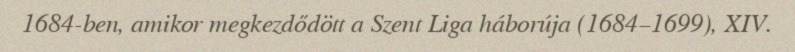
1684-ben, amikor megkezdődött a Szent Liga háborúja (1684–1699), XIV.